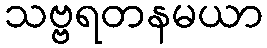
သဗ္ဗရတနမယာ